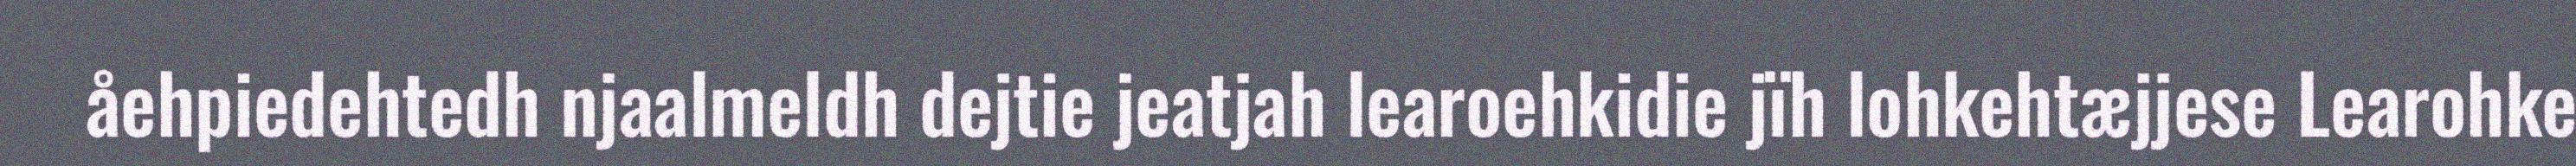
åehpiedehtedh njaalmeldh dejtie jeatjah learoehkidie jïh lohkehtæjjese Learohke